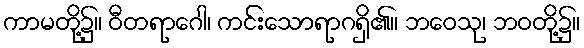
ကာမတို့၌။ ဝီတရာဂေါ၊ ကင်းသောရာဂရှိ၏။ ဘဝေသု၊ ဘဝတို့၌။